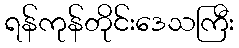
ရန်ကုန်တိုင်းဒေသကြီး